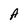
Character: A